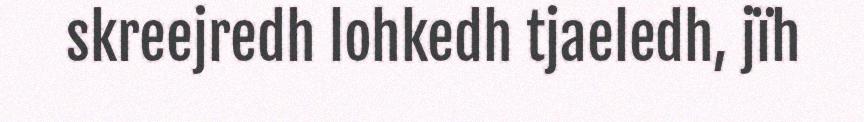
skreejredh lohkedh tjaeledh, jïh